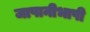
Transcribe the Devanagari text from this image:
जापानीभाषी